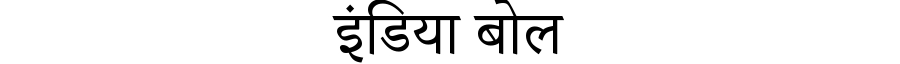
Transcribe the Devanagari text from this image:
इंडिया बोल